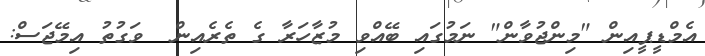
އެމްޑީޕީއިން "މިންޖުވާން" ނަމުގައި ބޭއްވި މުޒާހަރާ ގެ ތެރެއިން  ވަގުތު އިމޭޖަސް: